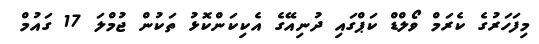
މިފަހަރުގެ ކެރަމް ވޯލްޑް ކަޕްގައި ދުނިއޭގެ އެކިކަންކޮޅު ތަކުން ޖުމްލަ 17 ގައުމް